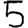
Digit: 5